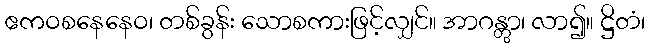
ဧကဝစနေနေဝ၊ တစ်ခွန်း သောစကားဖြင့်လျှင်။ အာဂန္တွာ၊ လာ၍။ ဋ္ဌိတံ၊